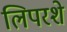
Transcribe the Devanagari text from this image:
लिपरशे